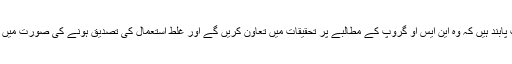
ڈی ڈبلیو سے گفتگو کرتے این ایس او کے ایک ترجمان نے کہا، ''ہمارے صارفین معاہدے کے تحت پابند ہیں کہ وہ این ایس او گروپ کے مطالبے پر تحقیقات میں تعاون کریں گے اور غلط استعمال کی تصدیق ہونے کی صورت میں ہم ان کا سسٹم شٹ ڈاؤن کرنے کی صلاحیت بھی رکھتے ہیں اور ماضی میں ہم نے ایسا کیا بھی ہے۔